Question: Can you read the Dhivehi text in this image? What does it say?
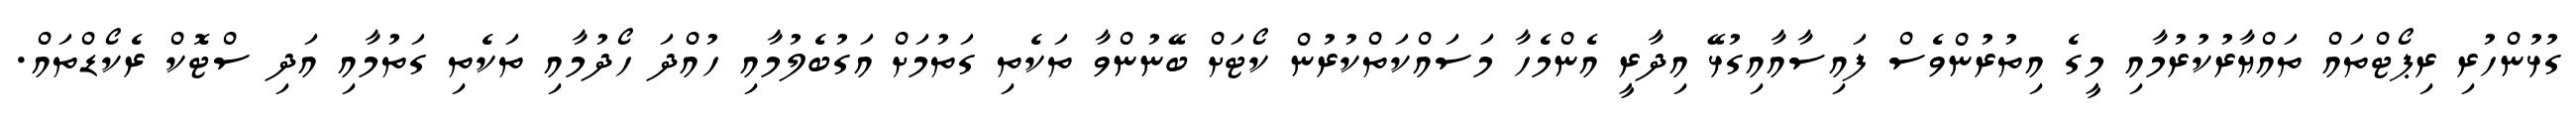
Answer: ގުޅުންހުރި ރިޕޯޓްތައް ތައްޔާރުކުރުމާއި މީގެ އިތުރުންވެސް ފައިސާއާއިގުޅޭ އިދާރީ އެންމެހާ މަސައްކަތްކުރުން ކޯޓަށް ބޭނުންވާ ތަކެތި ގަތުމަށް އަގުބެލުމާއި ހުއްދަ ހޯދުމާއި ތަކެތި ގަތުމާއި އަދި ސްޓޮކް ރެކޯޑްތައް.